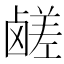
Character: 鹾